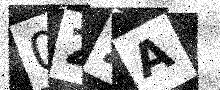
Text: 022A